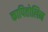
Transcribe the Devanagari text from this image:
कापितोलिन